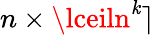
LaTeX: n\times\lceiln^{\mathit{k}}\rceil